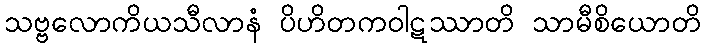
သဗ္ဗလောကိယသီလာနံ ပိဟိတကဝါဋဿာတိ သာမီစိယောတိ